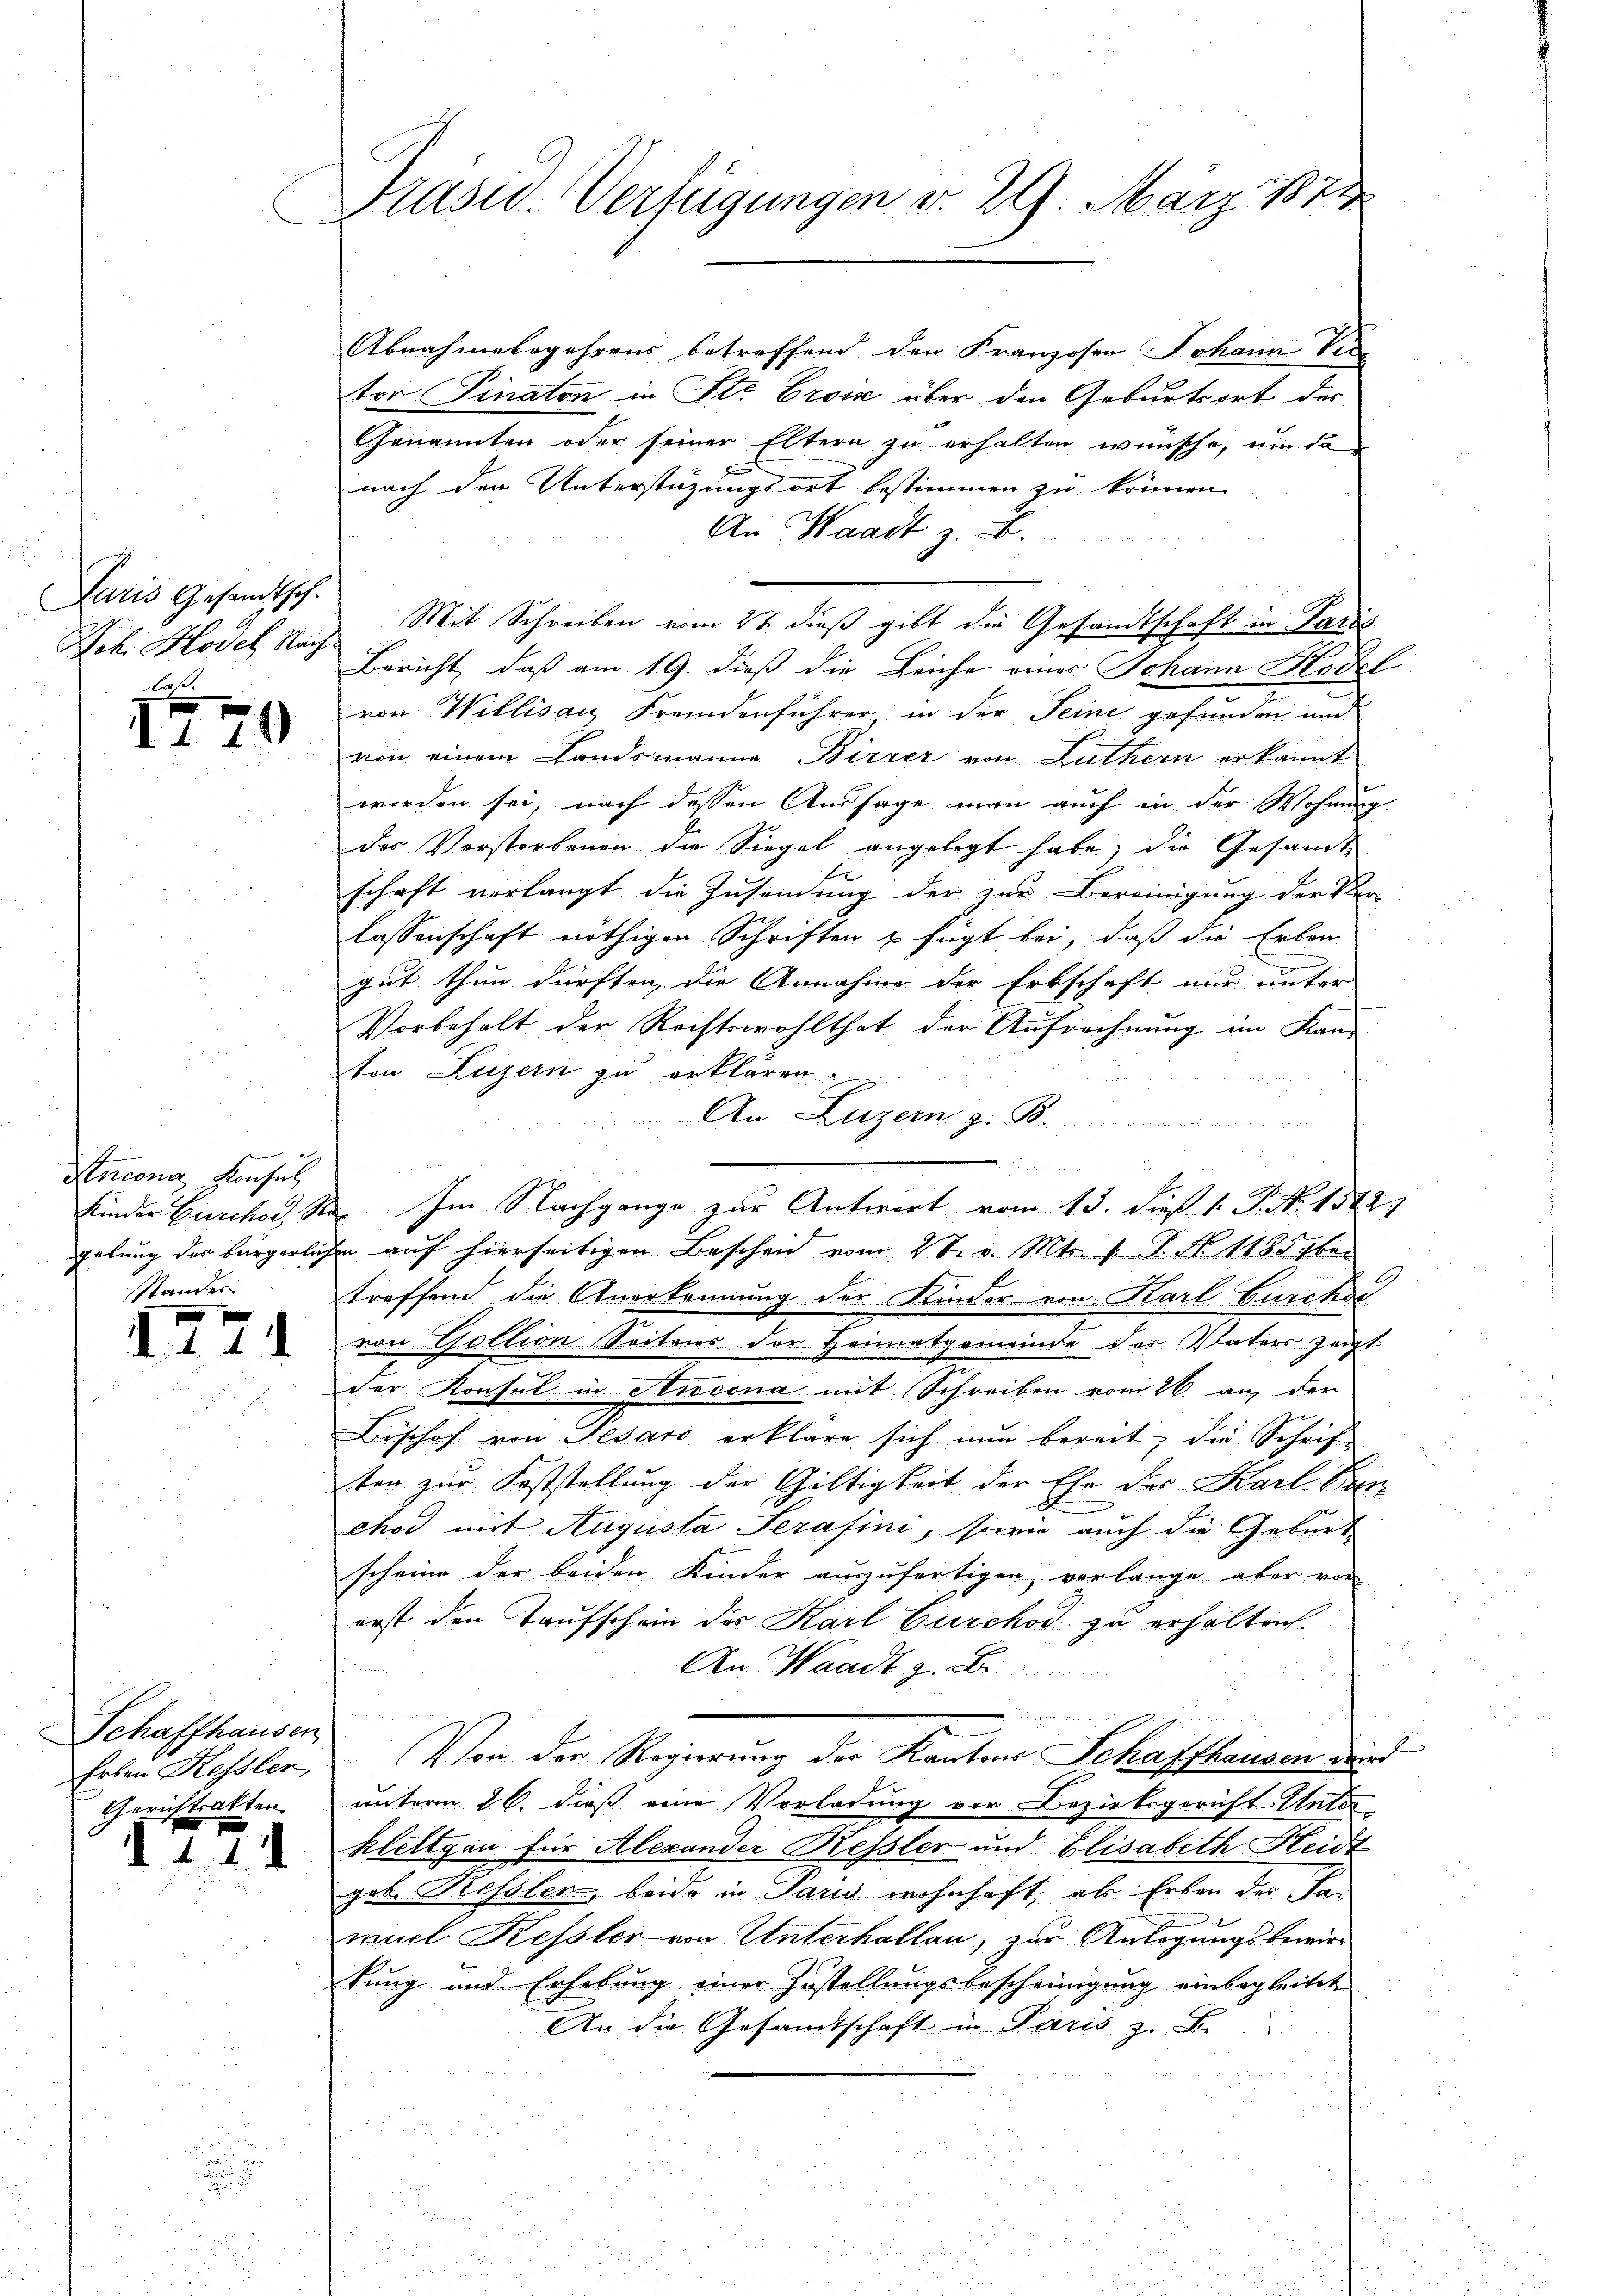
Paris Gesandtsch.
Hch. Model Nach
A

f
d I 19

Ancona Konsul
Stander

x
d. 4. d. d.

Schaffhausen
Erben Kessler,
Gerichtsakten

d 121

e

u
¬

Prasid. Verfügungen v. 29. März 1871

Abnahmebegehrens betreffend den Franzosen Johann Ver
tor Pinaton in Str. Croix über den Geburtsort der
Genannten oder seiner Eltern zu erhalten wünsche, um da
nach den Unterstüzungsort bestimmen zu können.
An Waadt z. B.
Mit Schreiben vom 2t dieß gibt die Gesandtschaft in Paris
Bericht, daß am 19. dieß die Leiche eines Johann Hodel
von Willisau Fremdenführer in der Seine gefunden und
von einem Landsmanne Birrez von Luthern erkannt
worden sei, nach dessen Aussage man auch in der Wohnung
des Verstorbenen die Siegel angelegt habe, die Gesandt
schaft verlangt die Zusendung der zur Bereinigung der Ver-
lassenschaft nöthigen Schriften u fügt bei, daß die Erben
gut thun dürften, die Annahme der Erbschaft nur unter
Vorbehalt der Rechtswohlthat der Aufrechnung im Kand
ton Luzern zu erklären.
An Luzern z. B.
in
u
Kinder Burchor, Se. Im Nachgange zur Antwort vom 13. dieß 1. P. No. 1312.
gelung der bürgerlichen auf hierseitigen Beschen vom 2ter. Mts. v. P. Nr. 11857 be
treffend die Anerkennung der Kinder von Karl Burcke
von Gottion Seitens der Heimatgemeinde des Vaters zeigt
der Konsul in Nicona mit Schreiben vom 26. an, der
Bischof von Pesaro erkläre sich nun bereit, die Schrif
ten zur Feststellung der Giltigkeit der Ehe der Karl. Can
chod mit Augusta Serafini, sowie auch die Geburt
scheine der beiden Kinder auszufertigen, verlange aber von
erst den Taufschein des Karl Gurchod zu erhalten.
An Waadt z. B.
fän
Von der Regierung der Kantons Schaffhausen wird
unterm 26. dieß eine Vorladung vor Bezirksgericht Unterklettgen für Alexander Ressler und Elisabeth Heidt
geb. Kessler, beide in Paro wohnhaft, als Erben des Kan
muel Kessler von Unterhallan, zur Anlegungsbewirtung und Erhebŭng einer Zustellŭngsbescheinigŭng einbegleitet
An die Gesamtschaft in Paris z. B.
u